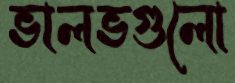
ভালভগুলো